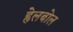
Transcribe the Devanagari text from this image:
ह्वेलबोल